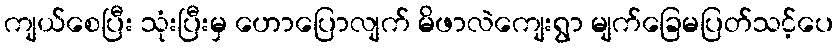
ကျယ်စေပြီး သုံးပြီးမှ ဟောပြောလျက် မိဖာလဲကျေးရွာ မျက်ခြေမပြတ်သင့်ပေ